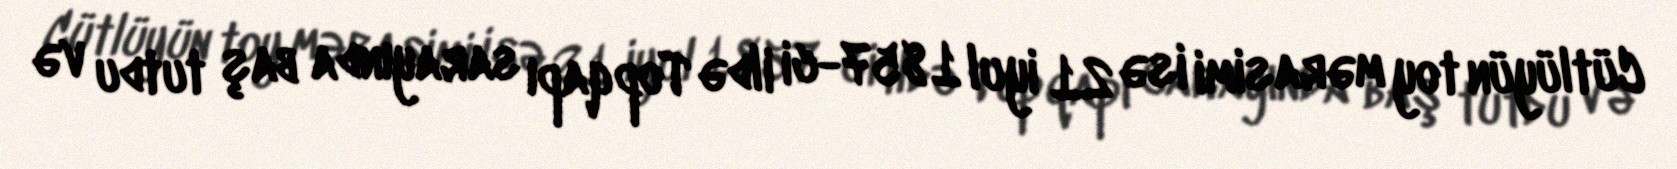
Cütlüyün toy mərasimi isə 21 iyul 1857-ci ildə Topqapı sarayında baş tutdu və